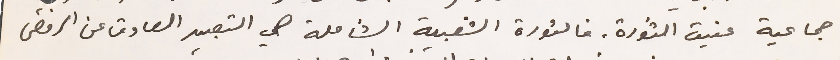
جماعية عنيت الثورة، فالثورة الشعبية الشاملة هي التعبير الصادق عن الرفض